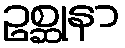
ဥစ္ဆုနာ